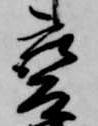
変